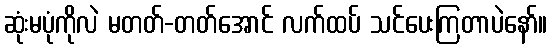
ဆုံးမပုံကိုလဲ မတတ်-တတ်အောင် လက်ထပ် သင်ပေးကြတာပဲနော်။